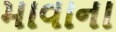
માવાના